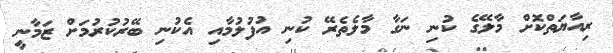
ރިއާޔަތްކޮށް މާލޭގެ ކުނި ނަގާ މާލެތެރޭ ކުނި އުފުލުމާއި އެކުނި ބޭރުކުރުމަށް ޒަމާނީ